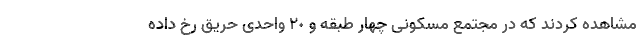
مشاهده کردند که در مجتمع مسکونی چهار طبقه و ٢٠ واحدی حریق رخ داده